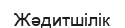
Жәдитшілік